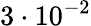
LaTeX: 3\cdot 10^{-2}